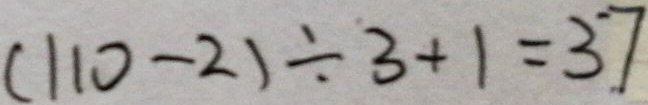
( 1 1 0 - 2 ) \div 3 + 1 = 3 7